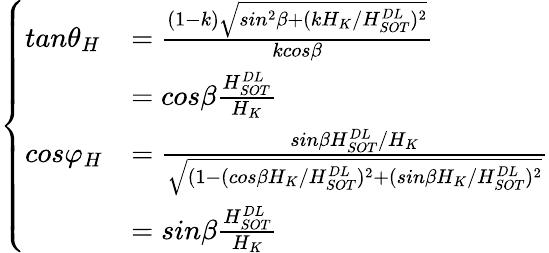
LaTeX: \left\{ \begin{array}{ll}{tan{\theta}_{H}}&{=\frac{\left(1-k\right)\sqrt{sin^{2}\beta+(kH_{K}/H_{SOT}^{DL})^{2}}}{kcos\beta}}\\ &{=cos\beta\frac{H_{SOT}^{DL}}{H_{K}}}\\ {cos{\varphi}_{H}}&{=\frac{sin\beta H_{SOT}^{DL}/H_{K}}{\sqrt{(1-(cos\beta H_{K}/H_{SOT}^{DL})^{2}+(sin\beta H_{K}/H_{SOT}^{DL})^{2}}}}\\ &{=sin\beta\frac{H_{SOT}^{DL}}{H_{K}}}\end{array}\right.